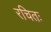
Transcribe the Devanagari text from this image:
रचितः